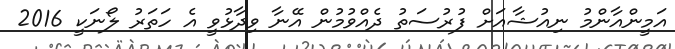
އަމީންއާންމު ނިއުޝާއަށް ފުރުސަތު ދެއްވުމުން އޭނާ ވިދާޅުވީ އެ ހަތަރު ލޯނަކީ 2016